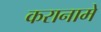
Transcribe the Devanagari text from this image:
करानामे